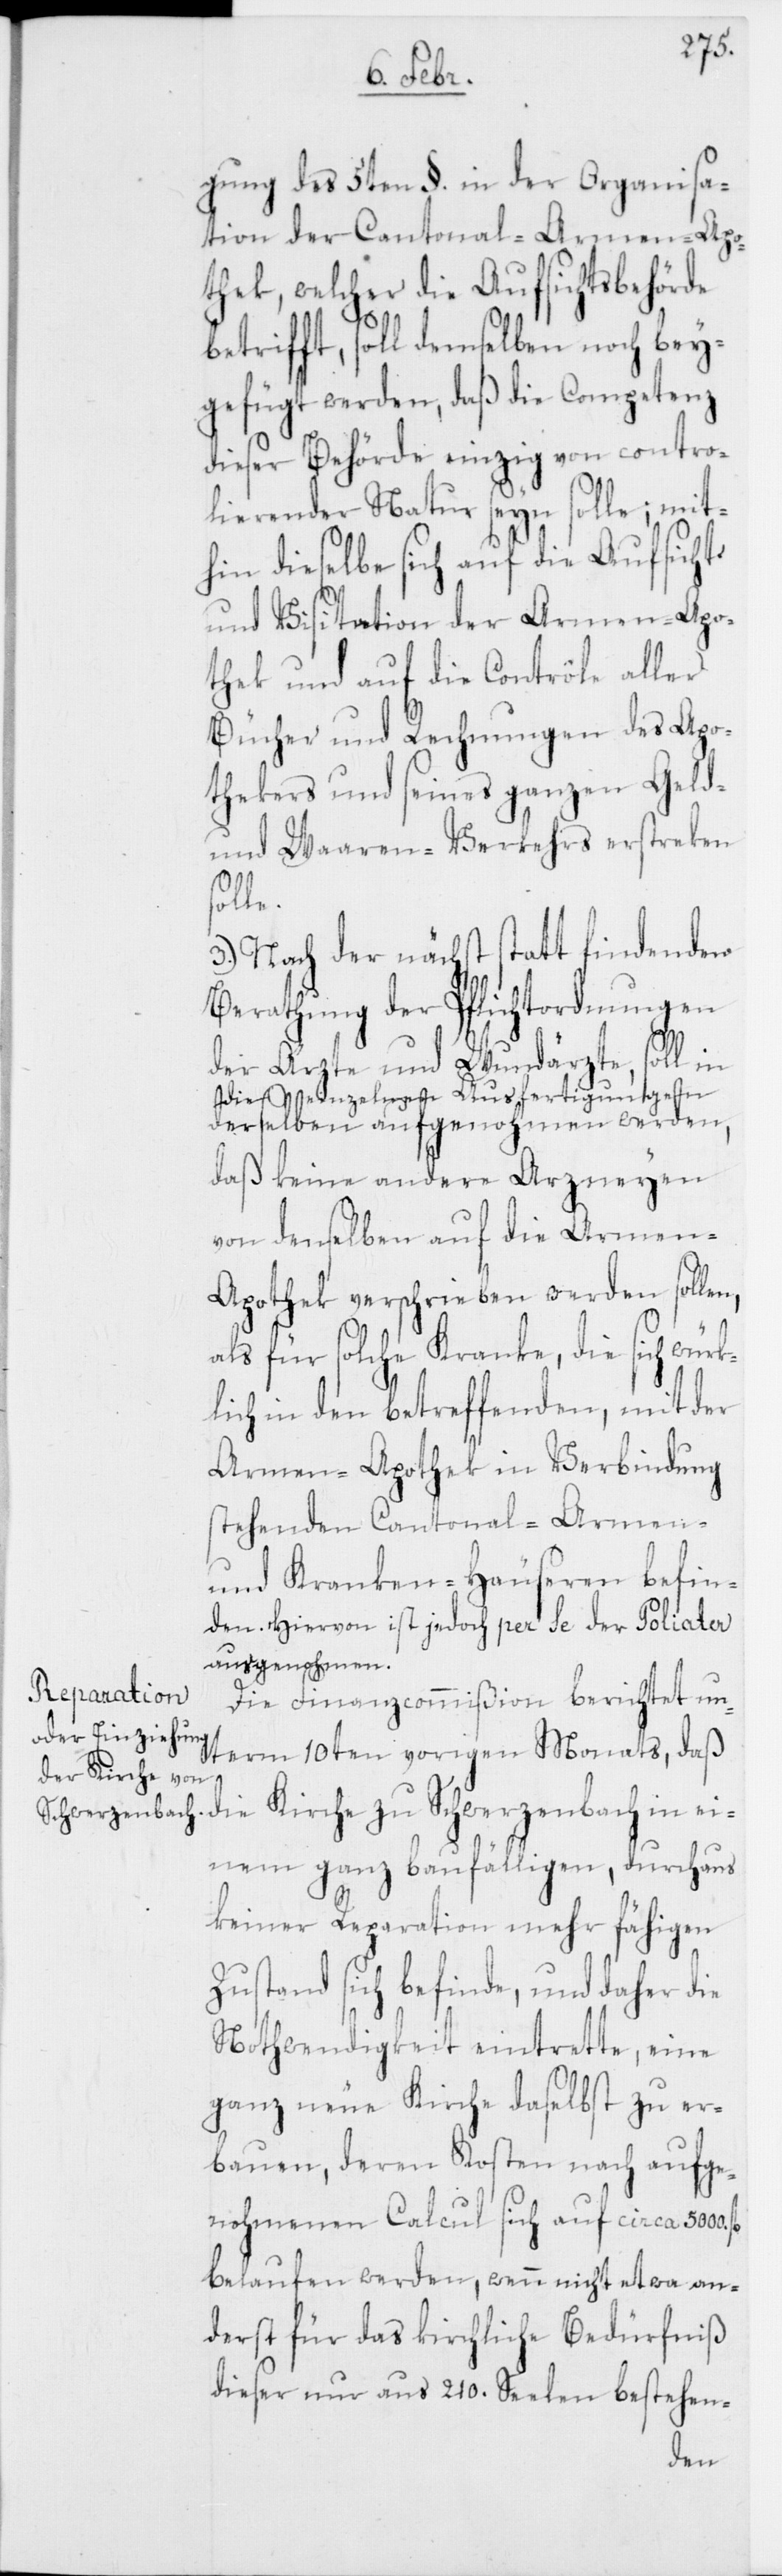
gung des 5ten §. in der Organisa¬
tion der Cantonal-Armen-Apo¬
thek, welcher die Aufsichtsbehörde
betrifft, soll demselben noch bey¬
gefügt werden, daß die Competenz
dieser Behörde einzig von contro¬
lierender Natur seyn solle; mit¬
hin dieselbe sich auf die Aufsicht
und Visitation der Armen-Apo¬
thek und auf die Contrôle aller
Bücher und Rechnungen des Apo¬
thekers und seines ganzen Geld-
und Waaren-Verkehrs erstreken
le.
3.) Nach der nächst stattfindenden
Berathung der Pflichtordnungen
der Ärzte und Wundärzte, soll in
die einzelnen Ausfertigungen
derselben aufgenohmen werden,
daß keine andere Arzneyen
von denselben auf die Armen-A¬
pothek verschrieben werden sollen,
als für solche Kranke, die sich wür¬
klich in den betreffenden, mit der
Armen-Apothek in Verbindung
stehenden Cantonal-Armen-
und Kranken-Häuseren befin¬
den. Hiervon ist jedoch per se der Poliater
ausgenohmen.
Die Finanzcommißion berichtet un¬
term 10ten vorigen Monats, daß
die Kirche zu
einem ganz baufälligen, durchaus
keiner Reparation mehr fähigen
Zustand sich befinde, und daher die
Nothwendigkeit eintrette, eine
ganz neue Kirche daselbst zu er¬
bauen, deren Kosten nach aufge¬
nohmenen Calcul sich auf circa 5000.
belaufen werden, wenn nicht etwa an¬
derst für das kirchliche Bedürfniß
dieser nur aus 210. Seelen bestehen-